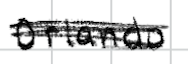
Text: Orlando
Cross-out: scratch
Writing tool: digital_black